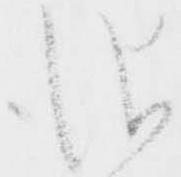
儀